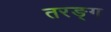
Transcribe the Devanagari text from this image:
तरङ्ग